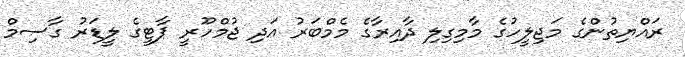
ރައްޔިތުންގެ މަޖިލީހުގެ މާމިގިލި ދާއިރާގެ މެމްބަރު އަދި ޖުމްހޫރީ ޕާޓީގެ ލީޑަރު ގާސިމް